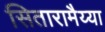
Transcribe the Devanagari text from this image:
सितारामैय्या